Report of the Indian Hemp Drugs Commission, 1894-1895 - Volume V
Year: 1894
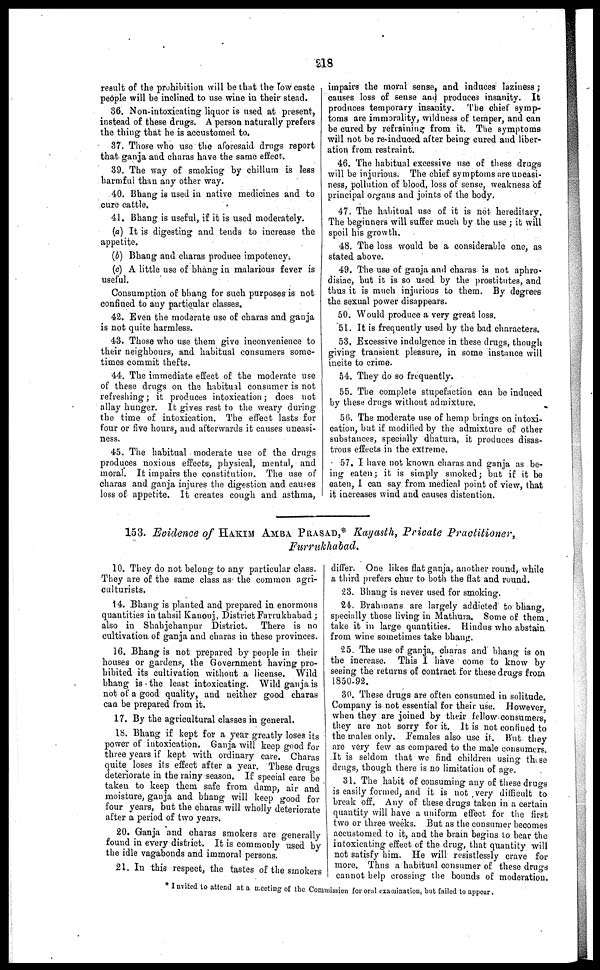
218
result of the prohibition will be that the Tow caste
people will be inclined to use wine in their stead.
36. Non-intoxicating liquor is used at present,
instead of these drugs. A person naturally prefers
the thing that he is accustomed to.
37. Those who use the aforesaid drugs report
that ganja and charas have the same effect.
39. The way of smoking by chillum is less
harmful than any other way.
40. Bhang is used in native medicines and to
cure cattle,
41. Bhang is useful, if it is used moderately.
(a) It is digesting and tends to increase the
appetite.
(b) Bhang and charas produce impotency.
(c) A little use of bhang in malarious fever is
useful.
Consumption of bhang for such purposes is not
confined to any particular classes.
42. Even the moderate use of charas and ganja
is not quite harmless.
43. Those who use them give inconvenience to
their neighbours, and habitual consumers some-
times commit thefts.
44. The immediate effect of the moderate use
of these drugs on the habitual consumer is not
refreshing ; it produces intoxication ; does not
allay hunger. It gives rest to the weary during
the time of intoxication. The effect lasts for
four or five hours, and afterwards it causes uneasi-
ness.
45. The habitual moderate use of the drugs
produces noxious effects, physical, mental, and
moral. It impairs the constitution. The use of
charas and ganja injures the digestion and causes
loss of appetite. It creates cough and asthma,
impairs the moral sense, and induces laziness ;
causes loss of sense and produces insanity. It
produces temporary insanity. The chief symp-
toms are immorality, wildness of temper, and can
be cured by refraining from it. The symptoms
will not be re-induced after being cured and liber-
ation from restraint.
46. The habitual excessive use of these drugs
will be injurious. The chief symptoms are uneasi-
ness, pollution of blood, loss of sense, weakness of
principal organs and joints of the body.
47. The habitual use of it is not hereditary.
The beginners will suffer much by the use ; it will
spoil his growth.
48. The loss would be a considerable one, as
stated above.
49. The use of ganja and charas is not aphro-
disiac, but it is so used by the prostitutes, and
thus it is much injurious to them. By degrees
the sexual power disappears.
50. Would produce a very great loss.
51. It is frequently used by the bad characters.
53. Excessive indulgence in these drugs, though
giving transient pleasure, in some instance will
incite to crime.
54. They do so frequently.
55. The complete stupefaction can be induced
by these drugs without admixture.
56. The moderate use of hemp brings on intoxi-
cation, but if modified by the admixture of other
substances, specially dhatura, it produces disas-
trous effects in the extreme.
57. I have not known charas and ganja as be-
ing eaten; it is simply smoked; but if it be
eaten, I can say from medical point of view, that
it increases wind and causes distention.
153. Evidence of HAKIM AMBA. PRASAD,* Kayasth, Private Practitioner,
Furrukhabad.
10. They do not belong to any particular class.
They are of the same class as the common agri-
culturists.
14. Bhang is planted and prepared in enormous
quantities in tahsil Kanouj, District Farrukhabad ;
also in Shahjehanpur District. There is no
cultivation of ganja and charas in these provinces.
16. Bhang is not prepared by people in their
houses or gardens, the Government having pro-
hibited its cultivation without a license. Wild
bhang is the least intoxicating. Wild ganja is
not of a good quality, and neither good charas
can be prepared from it.
17. By the agricultural classes in general.
18. Bhang if kept for a year greatly loses its
power of intoxication. Ganja will keep good for
three years if kept with ordinary care. Charas
quite loses its effect after a year. These drugs
deteriorate in the rainy season. If special care be
taken to keep them safe from damp, air and
moisture, ganja and bhang will keep good for
four years, but the charas will wholly deteriorate
after a period of two years.
20. Ganja and charas smokers are generally
found in every district. It is commonly used by
the idle vagabonds and immoral persons.
21. In this respect, the tastes of the smokers
differ. One likes flat ganja, another round, while
a third prefers chur to both the flat and round.
23. Bhang is never used for smoking.
24. Brahmans are largely addicted to bhang,
specially those living in Mathura. Some of them
take it in large quantities. Hindus who abstain
from wine sometimes take bhang.
25. The use of ganja, charas and bhang is on
the increase. This I have come to know by
seeing the returns of contract for these drugs from
1850-92.
30. These drugs are often consumed in solitude.
Company is not essential for their use. However,
when they are joined by their fellow consumers,
they are not sorry for it. It is not confined to
the males only. Females also use it. But they
are very few as compared to the male consumers.
It is seldom that we find children using these
drugs, though there is no limitation of age.
31. The habit of consuming any of these drugs
is easily formed, and it is not very difficult to
break off. Any of these drugs taken in a certain
quantity will have a uniform effect for the first
two or three weeks. But as the consumer becomes
accustomed to it, and the brain begins to bear the
intoxicating effect of the drug, that quantity will
not satisfy him. He will resistlessly crave for
more. Thus a habitual consumer of these drugs
cannot help crossing the bounds of moderation.
* Invited to attend at a meeting of the Commission for oral examination, but failed to appear.